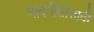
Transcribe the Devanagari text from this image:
भावगीतांसाठी